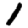
Digit: 1